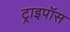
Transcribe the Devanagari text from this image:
ट्राइपॉस